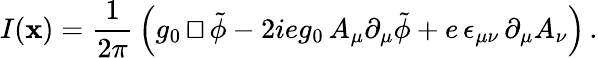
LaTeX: I(\mathbf{x})=\frac{{1}}{{2\pi}}\, \Bigl(g_{0}\, {\sqcap\! \! \! \! \sqcup}\, \tilde{{\phi}}-2ieg_{0}\, A_{\mu}\partial_{\mu}\tilde{{\phi}}+e\, \epsilon_{\mu\nu}\, \partial_{\mu}A_{\nu}\Bigr)\, .